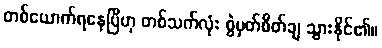
တစ်ယောက်ရနေပြီဟု တစ်သက်လုံး စွဲမှတ်စိတ်ချ သွားနိုင်၏။